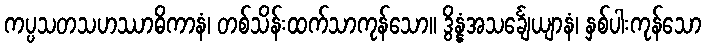
ကပ္ပသတသဟဿာဓိကာနံ၊ တစ်သိန်းထက်သာကုန်သော။ ဒွိန္နံအသင်္ချေယျာနံ၊ နှစ်ပါးကုန်သော